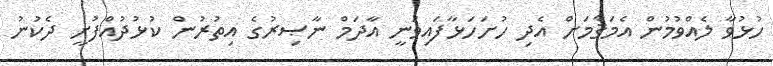
ހުޅުވާ ލެއްވުމުން އެމަޤާމަށް އެދި ހުށަހަޅާފައިވަނީ އާދަމް ނާޞިރުގެ އިތުރުން ކުޅުދުއްފުށީ ދެކުނު